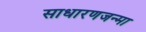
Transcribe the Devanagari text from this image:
साधारणजन्मा